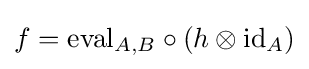
f=\mathrm {eval} _{A,B}\circ (h\otimes \mathrm {id} _{A})